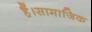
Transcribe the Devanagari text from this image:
हैं।सामाजिक